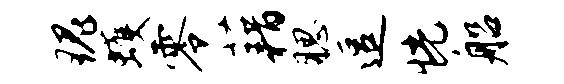
瑰蠖零藉腮逗恍船